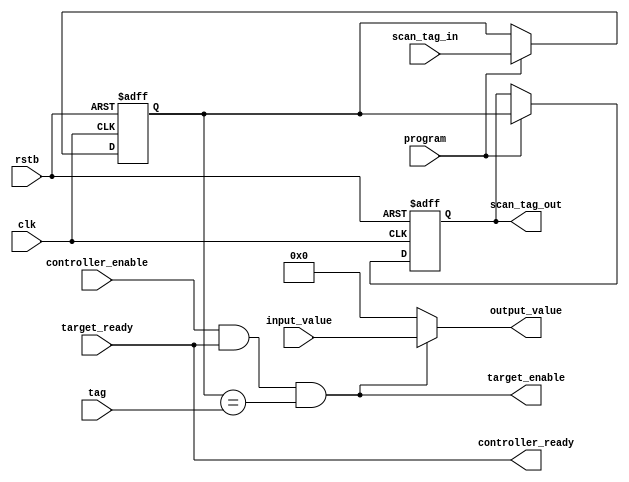
module multicast_controller
#(
    parameter ADDRESS_WIDTH = 4,
    parameter BITWIDTH      = 16
)
(
    // Clock and reset ports
    input                           clk,
    input                           rstb,
    // Scan chain configuration ports
    input                           program,            // Set for programming
    input       [ADDRESS_WIDTH-1:0] scan_tag_in,
    output reg  [ADDRESS_WIDTH-1:0] scan_tag_out,
    // Ports on incoming data side (coming into conroller)
    input                           controller_enable,  // Enable the controller
    output wire                     controller_ready,   // Pass target_ready out
    input       [ADDRESS_WIDTH-1:0] tag,                // Address tag
    input       [BITWIDTH-1:0]      input_value,
    // Ports on outgoing data side (to PE or other bus)
    output wire                     target_enable,      // Enable the target
    input                           target_ready,       // Target state
    output wire [BITWIDTH-1:0]      output_value        // Data to be passed on
);

    reg [ADDRESS_WIDTH-1:0] tag_id_reg;

    assign target_enable = controller_enable & target_ready & (tag_id_reg == tag);
    assign output_value = (target_enable) ? input_value : 'b0;
    assign controller_ready = target_ready;

    always @(posedge clk or negedge rstb) begin
        if (!rstb) begin
            tag_id_reg      <= 'd0;
            scan_tag_out    <= 'd0;
        end else begin
            // Program the tag_id if program is set
            if (program) begin
                tag_id_reg      <= scan_tag_in;
                scan_tag_out    <= tag_id_reg;
            end
        end
    end

endmodule